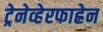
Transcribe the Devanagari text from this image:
ट्रेनेव्हेरफाह्रेन